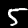
Digit: 5